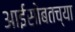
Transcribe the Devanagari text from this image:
आईसोबतच्या